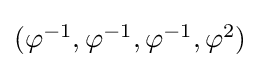
\textstyle (\varphi ^{-1},\varphi ^{-1},\varphi ^{-1},\varphi ^{2})